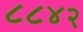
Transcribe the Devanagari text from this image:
८८४२